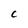
Character: C